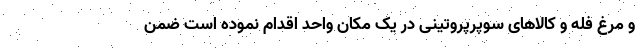
و مرغ فله و کالاهای سوپرپروتینی در یک مکان واحد اقدام نموده است ضمن